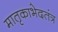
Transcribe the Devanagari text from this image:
मातृकाभेदतंत्र